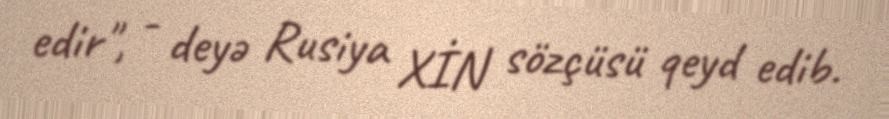
edir", - deyə Rusiya XİN sözçüsü qeyd edib.